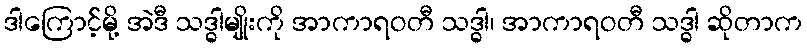
ဒါကြောင့်မို့ အဲဒီ သဒ္ဓါမျိုးကို အာကာရဝတီ သဒ္ဓါ၊ အာကာရဝတီ သဒ္ဓါ ဆိုတာက